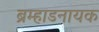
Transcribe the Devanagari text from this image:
ब्रम्हाडनायक